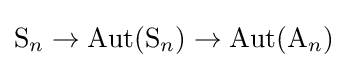
\mathrm {S} _{n}\to \operatorname {Aut} (\mathrm {S} _{n})\to \operatorname {Aut} (\mathrm {A} _{n})